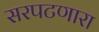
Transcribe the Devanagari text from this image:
सरपटणारा